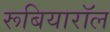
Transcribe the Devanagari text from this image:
रूबियारॉल